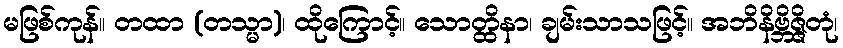
မဖြစ်ကုန်။ တထာ (တသ္မာ)၊ ထိုကြောင့်။ သောတ္ထိနာ၊ ချမ်းသာသဖြင့်။ အဘိနိဗ္ဘိဇ္ဇိတုံ၊